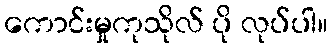
ကောင်းမှုကုသိုလ် ပို လုပ်ပါ။